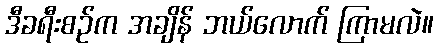
ဒီခရီးစဉ်က အချိန် ဘယ်လောက် ကြာမလဲ။